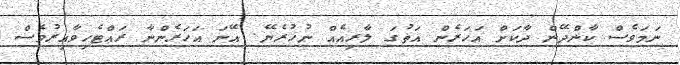
ނަމަވެސް ކާންދޭން ދާކަށް އަހަރެން އަތުގަ ލާރިއެއް ނުހުރެޔޭ. އޭނަ އަހަރެންނާ ރައްޓެހިވާއިރުވެސް